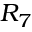
{ \cal R } _ { 7 }